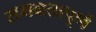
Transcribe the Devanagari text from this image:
समग्रतापूर्ण